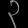
Digit: ၃